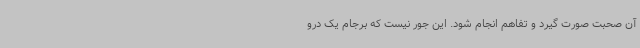
آن صحبت صورت گیرد و تفاهم انجام شود. این جور نیست که برجام یک درو